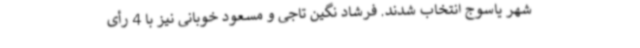
شهر یاسوج انتخاب شدند. فرشاد نگین تاجی و مسعود خوبانی نیز با 4 رأی